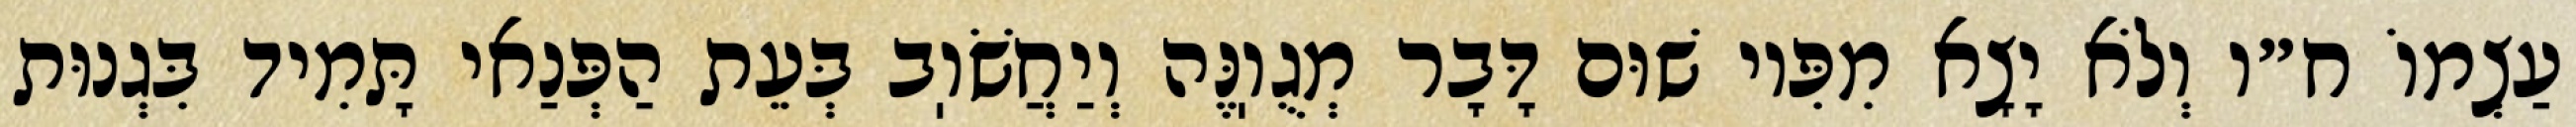
עַצְמוֹ ח״ו וְלֹא יָצָא מִפִּיו שׁוּם דָּבָר מְגֻוֽנֶּה וְיַחֲשֹׁוֽב בְּעֵת הַפְּנַאי תָּמִיד בִּגְנוּת